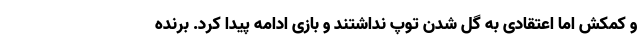
و کمکش اما اعتقادی به گل شدن توپ نداشتند و بازی ادامه پیدا کرد. برنده